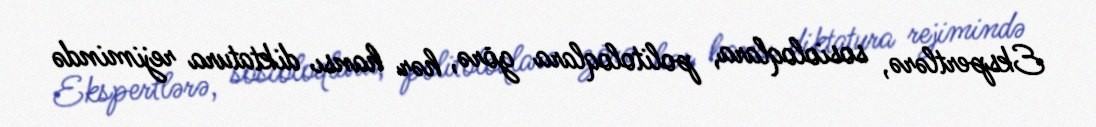
Ekspertlərə, sosioloqlara, politoloqlara görə, hər hansı diktatura rejimində